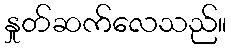
နှုတ်ဆက်လေသည်။